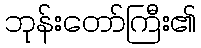
ဘုန်းတော်ကြီး၏